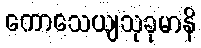
ကောသေယျသုခုမာနိ